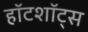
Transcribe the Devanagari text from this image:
हॉटशॉट्स